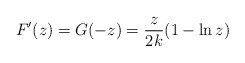
\begin{align*}F'(z) = G(-z) = {z\over 2k} (1-\ln z)\end{align*}